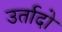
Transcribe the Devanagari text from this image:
उर्तादो